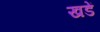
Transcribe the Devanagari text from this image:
खडें